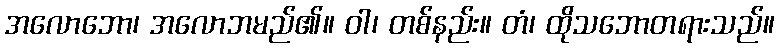
အလောဘော၊ အလောဘမည်၏။ ဝါ၊ တစ်နည်း။ တံ၊ ထိုသဘောတရားသည်။